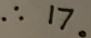
\therefore 1 7 。